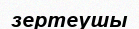
зертеушы